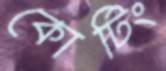
কোটিং